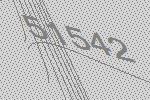
51542